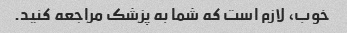
خوب، لازم است که شما به پزشک مراجعه کنید.